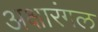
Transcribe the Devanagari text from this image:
अक्षारंगल